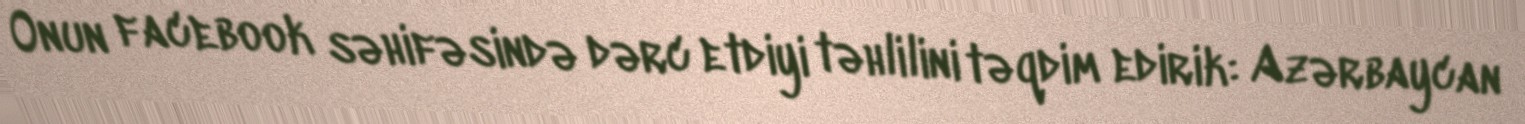
Onun facebook səhifəsində dərc etdiyi təhlilini təqdim edirik: Azərbaycan